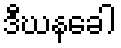
ဒီဃနခေါ